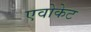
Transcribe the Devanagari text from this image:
एवोकेट